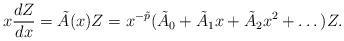
LaTeX: \begin{align*}x \frac{dZ}{d x} = \tilde{A} (x) Z= x^{-\tilde{p}} (\tilde{A}_0 + \tilde{A}_1 x + \tilde{A}_2 x^2 + \dots) Z. \end{align*}